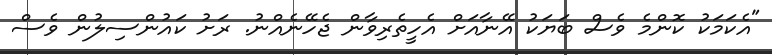
"އެކަމަކު ކޮންމެ ވެސް ބަޔަކު އޭނާއަށް އެހީތެރިވާން ޖެހޭނެއްނު. ރަށު ކައުންސިލުން ވެސް